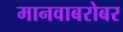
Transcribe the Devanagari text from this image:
मानवाबरोबर